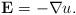
LaTeX: \begin{align*}\mathbf E =-\nabla u. \end{align*}